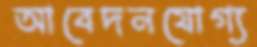
আবেদনযোগ্য